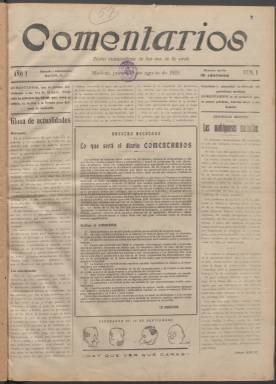
Título: Comentarios (Madrid. 1924)
Colección: Periódicos
Ámbito geográfico: Madrid
Lugar de publicación: Madrid
Fechas: 21/08/1924-16/09/1924